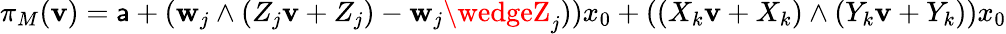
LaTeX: \pi_{M}(\mathbf{v})=\mathsf{a}+(\mathbf{w}_{j}\wedge(Z_{j}\mathbf{v}+Z_{j})-\mathbf{w}_{j}\wedgeZ_{j}))x_{0}+((X_{k}\mathbf{v}+X_{k})\wedge(Y_{k}\mathbf{v}+Y_{k}))x_{0}